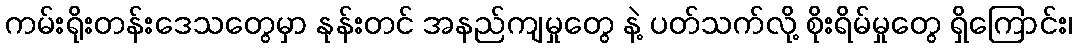
ကမ်းရိုးတန်းဒေသတွေမှာ နုန်းတင် အနည်ကျမှုတွေ နဲ့ ပတ်သက်လို့ စိုးရိမ်မှုတွေ ရှိကြောင်း၊